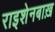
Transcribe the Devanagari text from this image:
राइशेनबाख़